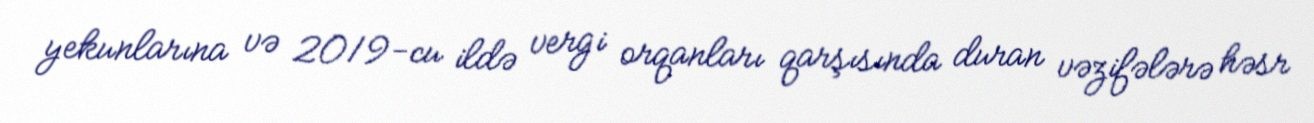
yekunlarına və 2019-cu ildə vergi orqanları qarşısında duran vəzifələrə həsr